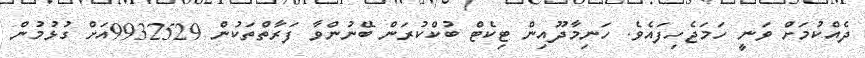
ދެއްކުމަށް ވަނީ ހަމަޖެހިފައެވެ. ހަނިމާދޫއިން ޓިކެޓް ބުކްކުރަން ބޭނުންވާ ފަރާތްތަކުން 9932529އަށް ގުޅުމުން